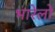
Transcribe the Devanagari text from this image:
भारेलो